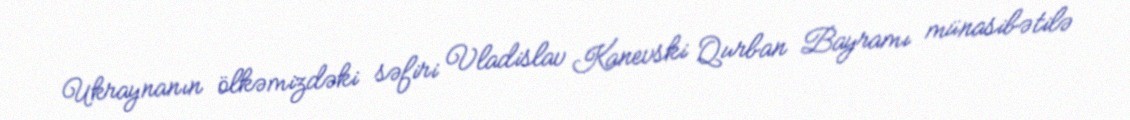
Ukraynanın ölkəmizdəki səfiri Vladislav Kanevski Qurban Bayramı münasibətilə